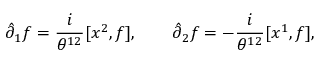
\hat { \partial } _ { 1 } f = { \frac { i } { \theta ^ { 1 2 } } } [ x ^ { 2 } , f ] , \qquad \hat { \partial } _ { 2 } f = - { \frac { i } { \theta ^ { 1 2 } } } [ x ^ { 1 } , f ] ,